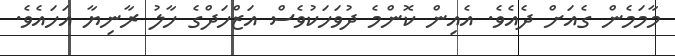
މާމަމެން ގެއަށް ދެއެވެ. އެއިން ކޮންމެ ދުވަހަކުވެސް އަޒްހަދްގެ ހާލު ރާނިޔާ އަހައެވެ.